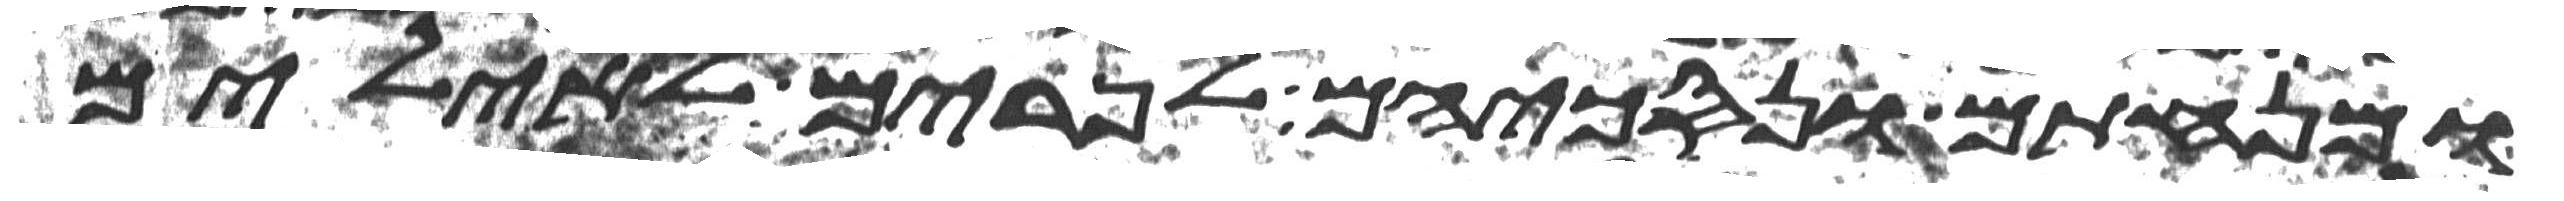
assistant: ומנחתם ונסכיהם לפרים לאילים